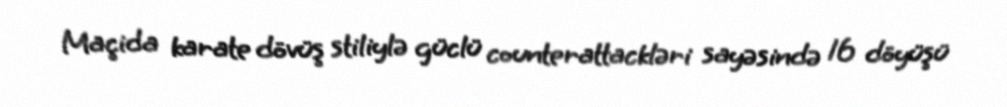
Maçida karate dövüş stiliylə güclü counterattackləri sayəsində 16 döyüşü